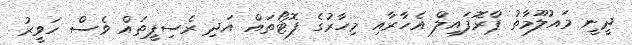
ދީނީ މައުލޫމާތު ޕްރޮފައިލް އެހާރާއި މިހާރުގެ ފޮޓޯތައް އަދި ރެސިޕީތައް ވެސް ހަވީރު